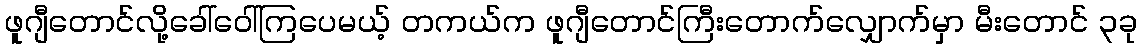
ဖူဂျီတောင်လို့ခေါ်ဝေါ်ကြပေမယ့် တကယ်က ဖူဂျီတောင်ကြီးတောက်လျှောက်မှာ မီးတောင် ၃ခု